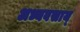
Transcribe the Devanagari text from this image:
अध्यवसाय्